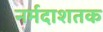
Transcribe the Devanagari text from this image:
नर्मदाशतक